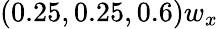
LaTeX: (0.25,0.25,0.6)w_{x}